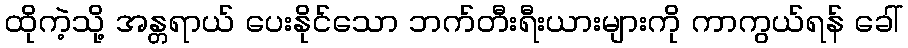
ထိုကဲ့သို့ အန္တရာယ် ပေးနိုင်သော ဘက်တီးရီးယားများကို ကာကွယ်ရန် ခေါ်